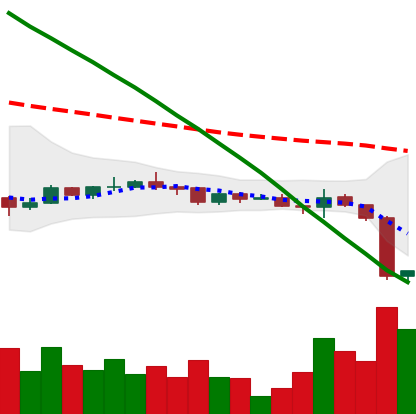
Ticker: ADA-USD
Chart end date: 2022-12-17
Forward return: -3.888%
Label: down_3_5